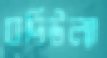
বদিউল্যা